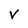
Character: v